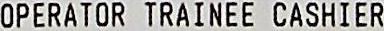
OPERATOR TRAINEE CASHIER